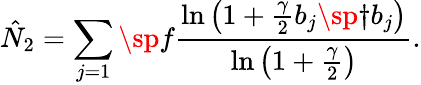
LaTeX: \hat{N}_{2}=\sum_{j=1}\sp f{\frac{\ln\left(1+{\frac{\gamma}{2}}b_{j}\sp{\dagger}b_{j}\right)}{\ln\left(1+{\frac{\gamma}{2}}\right)}}.